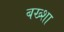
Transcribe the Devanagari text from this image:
बख्‍शा